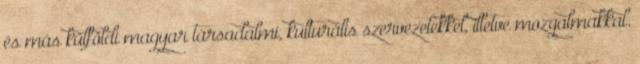
és más külföldi magyar társadalmi, kulturális szervezetekkel, illetve mozgalmakkal.